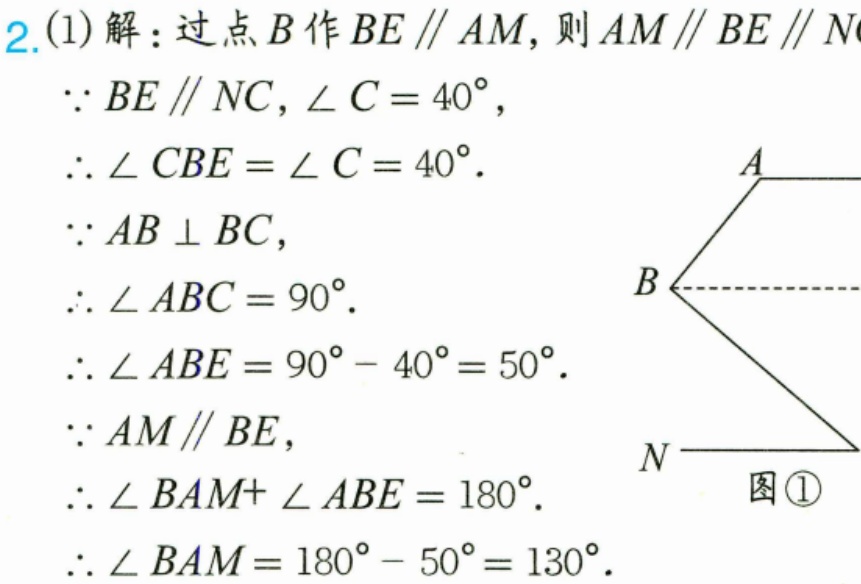
2.(1)解：过点\(B\)作\(BE\parallel AM\)，则\(AM\parallel BE\parallel N\)
\(\because BE\parallel NC\)，\(\angle C = 40^{\circ}\)，
\(\therefore \angle CBE=\angle C = 40^{\circ}\).
\(\because AB\perp BC\)，
\(\therefore \angle ABC = 90^{\circ}\).
\(\therefore \angle ABE = 90^{\circ}-40^{\circ}=50^{\circ}\).
\(\because AM\parallel BE\)，
\(\therefore \angle BAM+\angle ABE = 180^{\circ}\).
\(\therefore \angle BAM = 180^{\circ}-50^{\circ}=130^{\circ}\).